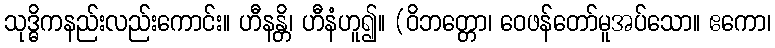
သုဒ္ဓိကနည်းလည်းကောင်း။ ဟီနန္တိ၊ ဟီနံဟူ၍။ (ဝိဘတ္တော၊ ဝေဖန်တော်မူအပ်သော။ ဧကော၊